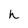
Character: k